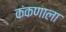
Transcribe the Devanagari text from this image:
कंकणाला